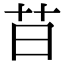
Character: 䒤